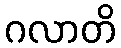
ဂလာတိ